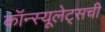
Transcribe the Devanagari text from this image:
कॉन्स्यूलेट्सची